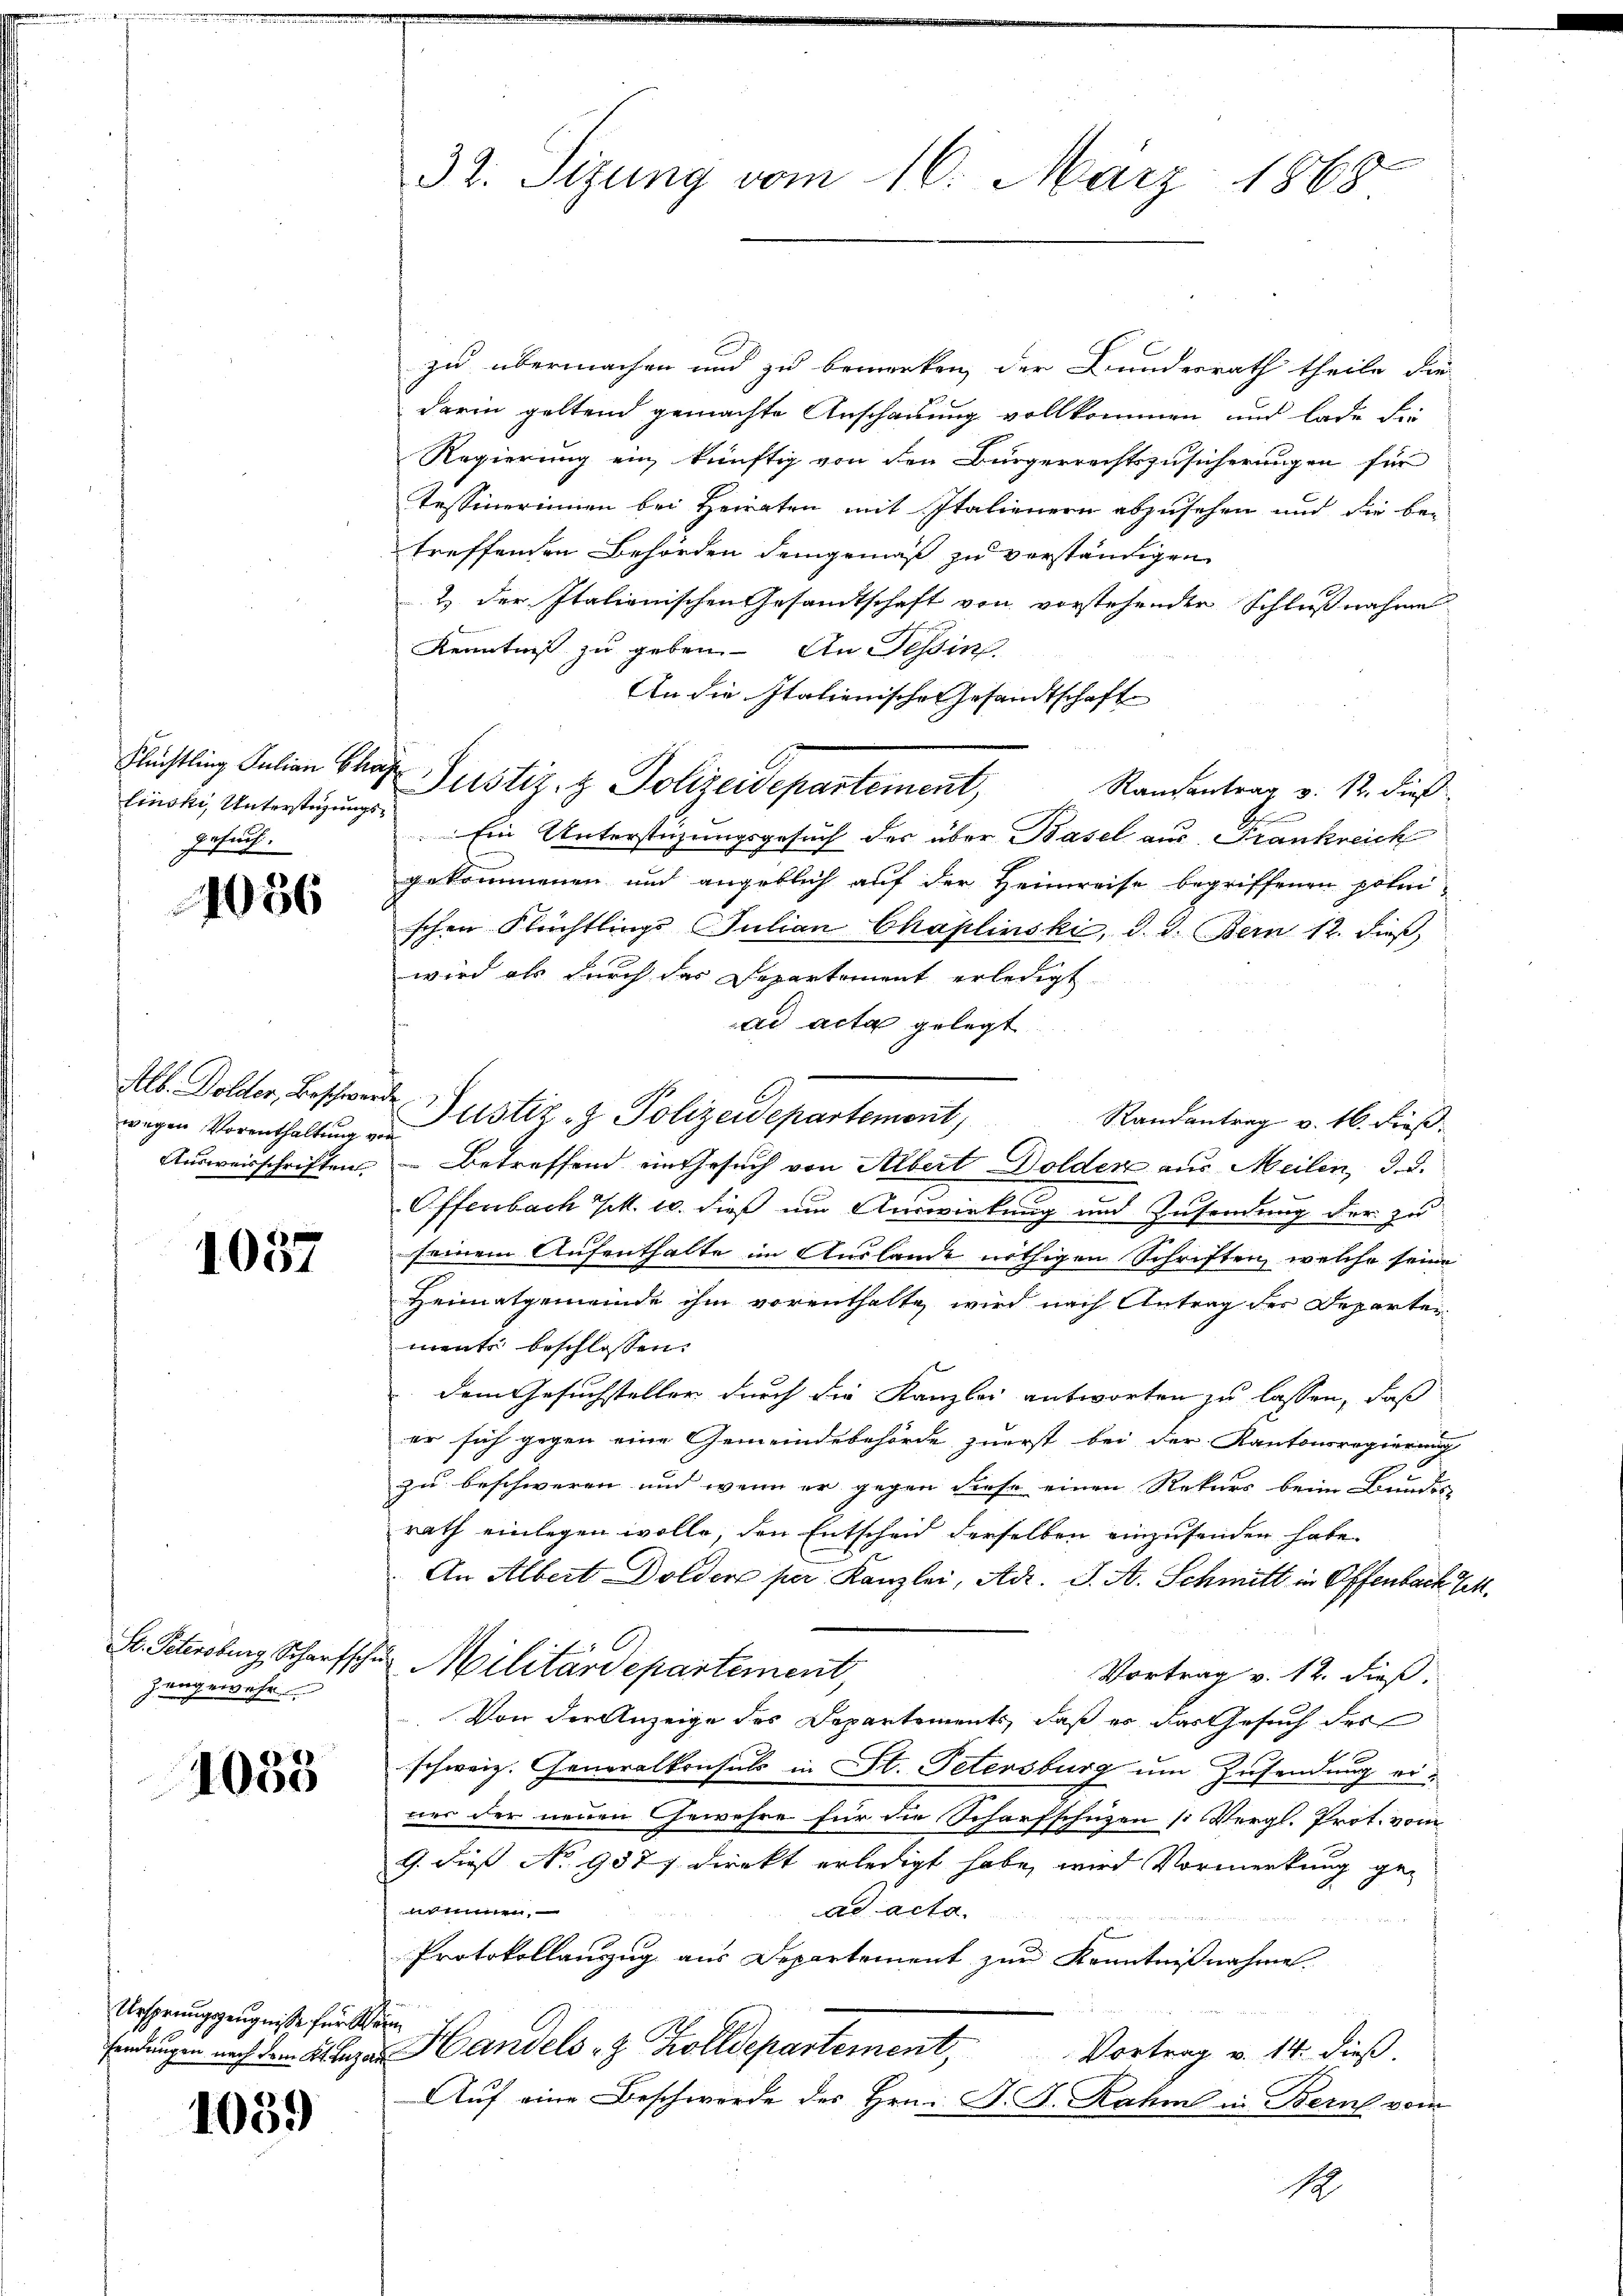
linski, Unterstüzungs¬
Gesuch.

1056

Alb. Dolder, Beschwerde

1057

St. Petersburg, Scharfsch
zangewehr

1035

Ursprungszeugnisse für St

1059

32. Sizung vom 16. März 1868

zu übermachen und zu bemerken, der Bundesrath theile die
darin geltend gemachte Anschauung vollkommen, und lade die
Regierung ein künftig von den Bingerrechtszusicherungen für
Tessinerinnen bei Heiraten mit Italienern abzusehen und die be-
treffenden Behörden demgemäß zu verständigen
2) der Italienischen Gesandtschaft von vorstehenden Schlußnahme
Kenntniß zu geben. An Tessin
An die Italienische Gesandtschaft
Randantrag v. 12. dieß
Ein Unterstüzungsgesuch des über Basel aus. Frankreich
gekommenen und angeblich auf der Heimreise begriffenen polni
schen Flüchtlings Julian Chaplinski, d. d. Bern 12. dieß
wird als durch das Departement erledigt
ad acta gelegt.
Randantrag v. 16. dieß.
wegen Vorenthaltŭng " Justiz- & Polizeidepartemont,
Ausweisschriften Betreffend ein Gesuch von Albert Dolder aus Meilen, d. d.
Offenbach k. 10. dieß um Auswirkung und Zusendung der zu
seinem Aufenthalte im Auslande nöthigen Schriften, welche seine
Heimatgemeinde ihm vorenthalte wird nach Antrag der Departen
ments beschlossen.
dem Gesuchsteller durch die Kanzlei antworten zu lassen, daß
er sich gegen eine Gemeindebehörde zuerst bei der Kantonsregierung
zu beschweren und wenn er gegen diese einen Rekurs beim Bundes-
rath einlegen wolle, den Entscheid derselben einzusenden habe.
An Albert Dolder per Kanzlei, Adr. J. A. Schmitt in Offenbach Tit.
2 Militärdepartement,
Vortrag v. 12. dieß.
.Von der Anzeige des Departements, daß es das Gesuch des
schweiz. Generalkonsuls in St. Petersburg um Zusendung erner der neuen Gewehre für die Scharfschützen si Vergl. Prot. vom
9. dieß No 9577 direkt erledigt habe, wird Vormerkung genunnen.
ad acta.
Protokollanzug aus Departement zur Kenntnißnahme.
ü
sendungen nach dem K. Lazar Handels- & Zolldepartement,
Vortrag v. 14. dieß.
Auf eine Beschwerde des Hrn. F. F. Rahm in Bern vom
1

Nüchtling Julian Baar Justiz- & Polizeidepartement,